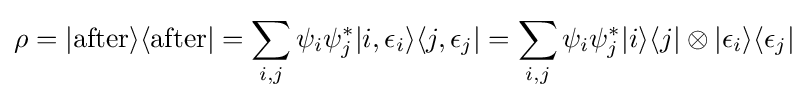
\rho =|{\text{after}}\rangle \langle {\text{after}}|=\sum _{i,j}\psi _{i}\psi _{j}^{*}|i,\epsilon _{i}\rangle \langle j,\epsilon _{j}|=\sum _{i,j}\psi _{i}\psi _{j}^{*}|i\rangle \langle j|\otimes |\epsilon _{i}\rangle \langle \epsilon _{j}|